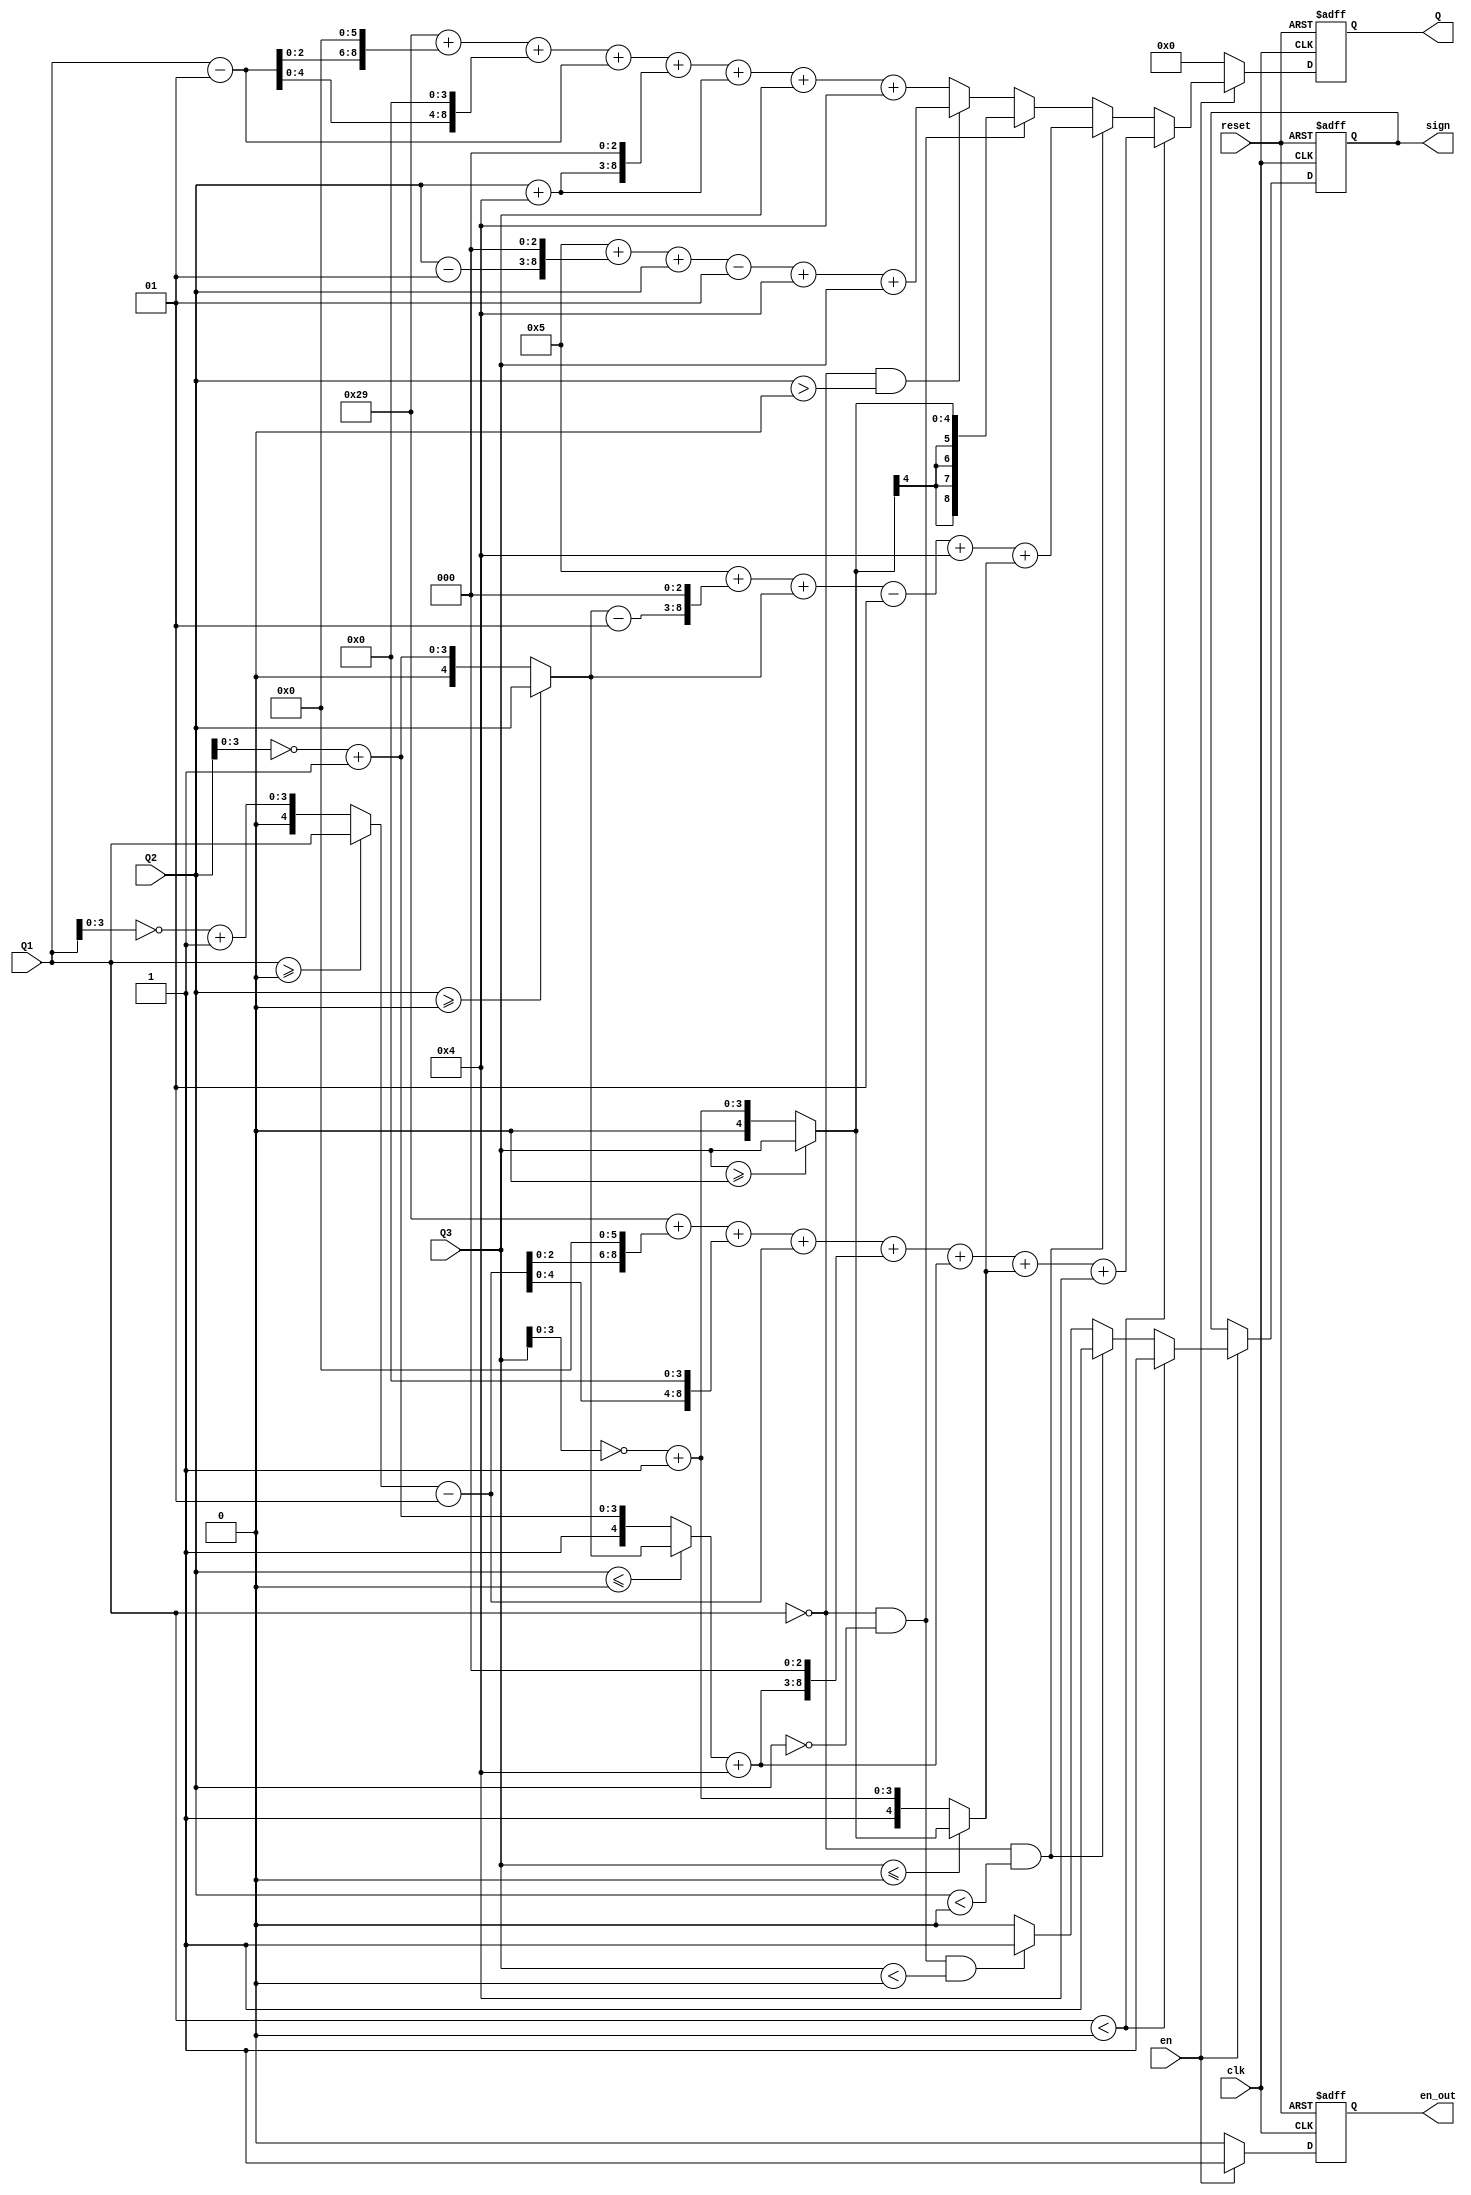
`timescale 1ns / 1ps
//////////////////////////////////////////////////////////////////////////////////
// Company: 
// Engineer: 
// 
// Design Name: 
// Module Name:    context_Q 
// Project Name: 
// Target Devices: 
// Tool versions: 
// Description: 
//
// Dependencies: 
//
// Revision: 
// Revision 0.01 - File Created
// Additional Comments: 
//
//////////////////////////////////////////////////////////////////////////////////
module context_Q(clk,reset,en,Q1, Q2, Q3, Q, sign,en_out);
    input clk;
	 input reset;
	 input en;
    input signed [4:0] Q1;
    input signed [4:0] Q2;
    input signed [4:0] Q3;
    output  [8:0] Q;
	 output en_out;
    output sign;
	 
	 reg [8:0] Q;
	 reg sign;
	 reg en_out;
	 
	 wire  signed [4:0] Q1_p;
	 wire  signed [4:0] Q2_p;
	 wire  signed [4:0] Q3_p;
//	 wire [8:0] Q1_c;
	 wire signed [4:0] Q2_c;
	 wire signed [4:0] Q3_c;
	 
	 wire signed [8:0] Q_temp2;
	 wire signed [8:0] Q_temp3;
	 wire signed [8:0] Q_temp4;
	 wire signed [8:0] Q_temp5;
	 
	 wire s1,s2;//s3;

   assign  Q1_p=(Q1>=0)?Q1:{1'b0,(~Q1[3:0])+4'b0001};  //jue dui zhi
	assign  Q2_p=(Q2>=0)?Q2:{1'b0,(~Q2[3:0])+4'b0001};
	assign  Q3_p=(Q3>=0)?Q3:{1'b0,(~Q3[3:0])+4'b0001};
	
//	assign Q1_c=(Q1<0)?Q1_p:{1'b1,~Q1[7:0]+1};  //-Q1
	assign  Q2_c=(Q2<=0)?Q2_p:{1'b1,(~Q2[3:0])+4'b0001};  //-Q2
	assign  Q3_c=(Q3<=0)?Q3_p:{1'b1,(~Q3[3:0])+4'b0001};  //-Q3
	

	
	assign Q_temp2=5+((Q2_p-1)<<3)+Q2_p-1+4+Q3_c;
	assign Q_temp3=41+((Q1_p-1)<<6)+((Q1_p-1)<<4)+(Q1_p-1)+((Q2_c+4)<<3)+(Q2_c+4)+Q3_c+4;
	assign Q_temp4=41+((Q1-1)<<6)+((Q1-1)<<4)+(Q1-1)+((Q2+4)<<3)+(Q2+4)+Q3+4;
	assign Q_temp5=5+((Q2-1)<<3)+Q2-1+4+Q3;
	always@(posedge clk or negedge reset)
	if(!reset)
	  begin
	  Q<=0;
	  en_out<=0;
	  end
	 else if(en)
	  begin
	     en_out<=1;
        if(Q1<0)
          Q<=Q_temp3;
        else if((Q1==0)&&(Q2<0))
		    Q<=Q_temp2;
		  else if((Q1==0)&&(Q2==0))
		    Q<=Q3_p;
	     else  if((Q1==0)&&(Q2>0))
		    Q<=Q_temp5;
		  else
			 Q<=Q_temp4;     
	  end
	  else begin
	      en_out<=0;
			Q<=0;
			end
			 
	always@(posedge clk or negedge reset)
	if(!reset)
	  begin
	  sign<=0;
	  end
	 else if(en)
	  begin
        if(Q1<0)	   
		    sign<=1;
        else if((Q1==0)&&(Q2<0))
		    sign<=1;
		  else if(((Q1==0)&&(Q2==0))&&(Q3<0))
		    sign<=1;
	     else
		    sign<=0;

             	
             		  	  
	  end
	  
	  
	  
	
	
endmodule